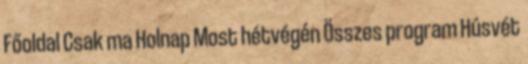
Főoldal Csak ma Holnap Most hétvégén Összes program Húsvét